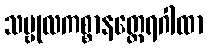
သမ္ဗုလကစ္စာနတ္ထေရဂါထာ